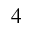
4